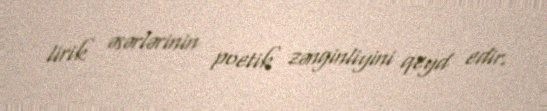
lirik əsərlərinin poetik zənginliyini qeyd edir.